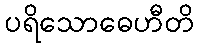
ပရိသောဓေဟီတိ